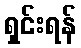
ရှင်းရန်